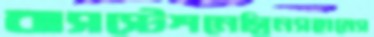
বাসস্টেশনেগ্রিনসহামেস